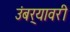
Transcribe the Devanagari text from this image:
उंबर्‍यावरी